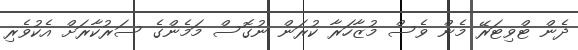
ދެން ޓްވިޓަރޭ މެން ވެސް މުޒާހަރާ ކުރަން ނުގޮސް މަމެންގެ ސަރުކާރަށް އެކުވެރި